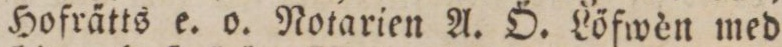
Hofrätts e. o. Notarien A. Ö. Löfwèn med